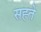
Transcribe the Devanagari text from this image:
सह्ते